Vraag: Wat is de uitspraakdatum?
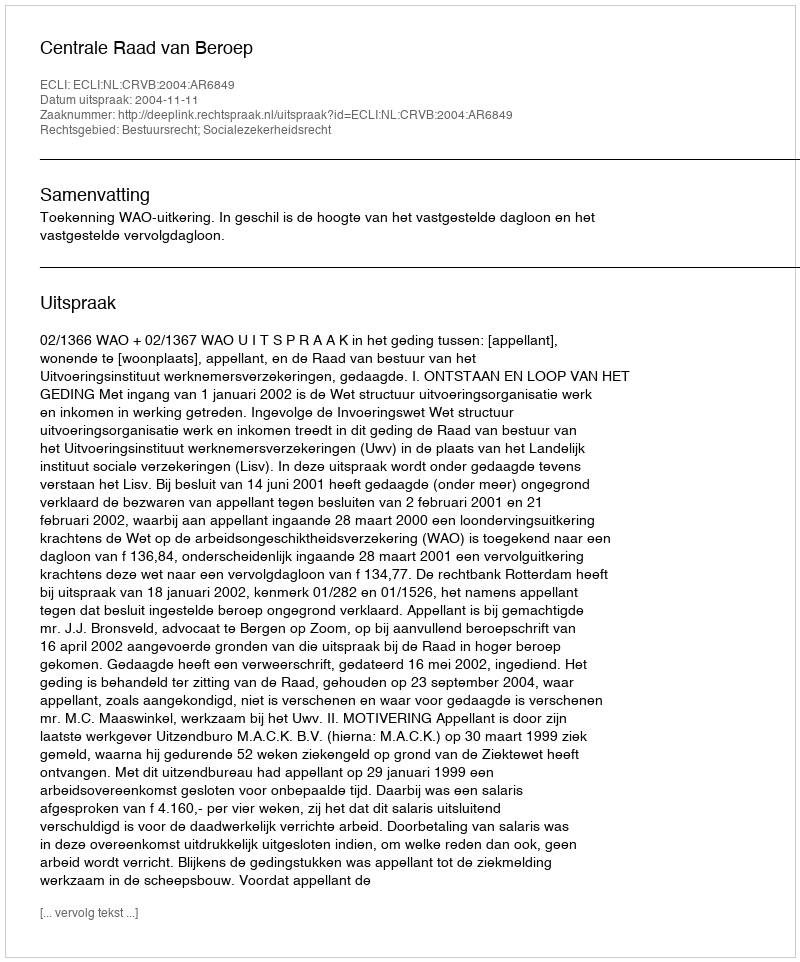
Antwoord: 2004-11-11